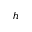
h